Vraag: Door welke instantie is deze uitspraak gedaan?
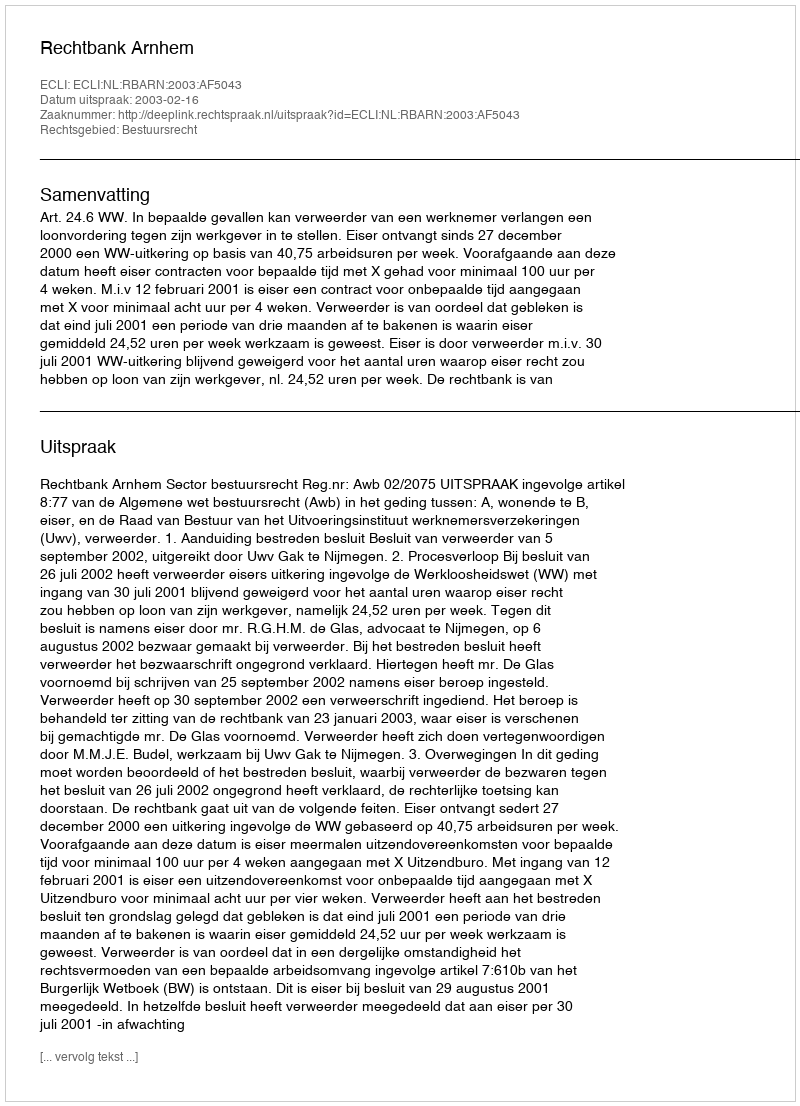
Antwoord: Rechtbank Arnhem